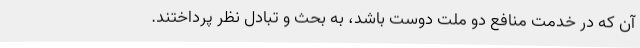
آن که در خدمت منافع دو ملت دوست باشد، به بحث و تبادل نظر پرداختند.